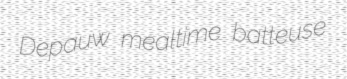
Depauw mealtime batteuse